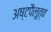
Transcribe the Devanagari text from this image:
अष्टपैलूत्व